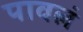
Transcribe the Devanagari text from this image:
पावलं